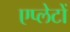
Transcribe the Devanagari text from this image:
एप्लेटों